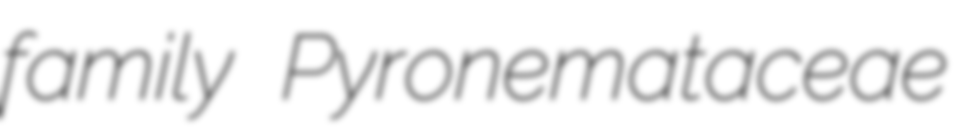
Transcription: family Pyronemataceae